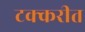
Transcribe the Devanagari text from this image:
टक्करीत